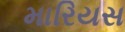
મારિયસ